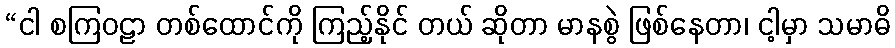
“ငါ စကြဝဠာ တစ်ထောင်ကို ကြည့်နိုင် တယ် ဆိုတာ မာနစွဲ ဖြစ်နေတာ၊ ငါ့မှာ သမာဓိ